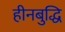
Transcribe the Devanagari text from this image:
हीनबुद्धि